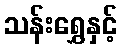
သန်းရွှေနှင့်